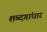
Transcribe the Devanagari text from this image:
शब्दगांधार